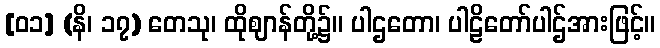
[၀၁] (နိ၊ ၁၇) တေသု၊ ထိုဈာန်တို့၌။ ပါဌတော၊ ပါဠိတော်ပါဌ်အားဖြင့်။